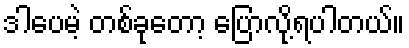
ဒါပေမဲ့ တစ်ခုတော့ ပြောလို့ရပါတယ်။